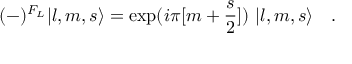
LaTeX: ( - ) ^ { F _ { L } } | l , m , s \rangle = \exp ( i \pi [ m + { \frac { s } { 2 } } ] ) \ | l , m , s \rangle \quad .